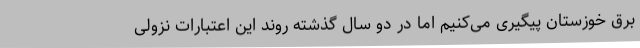
برق خوزستان پیگیری می‌کنیم اما در دو سال گذشته روند این اعتبارات نزولی